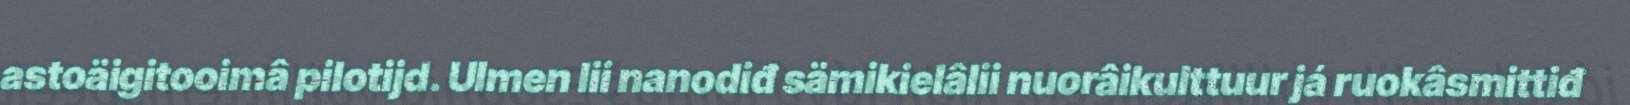
astoäigitooimâ pilotijd. Ulmen lii nanodiđ sämikielâlii nuorâikulttuur já ruokâsmittiđ